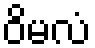
ဝိမလံ